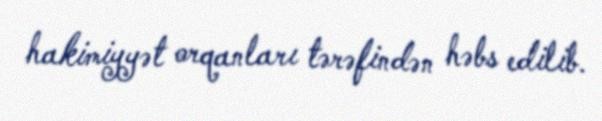
hakimiyyət orqanları tərəfindən həbs edilib.